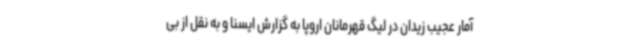
آمار عجیب زیدان در لیگ قهرمانان اروپا به گزارش ایسنا و به نقل از بی